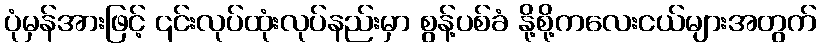
ပုံမှန်အားဖြင့် ၎င်းလုပ်ထုံးလုပ်နည်းမှာ စွန့်ပစ်ခံ နို့စို့ကလေးငယ်များအတွက်